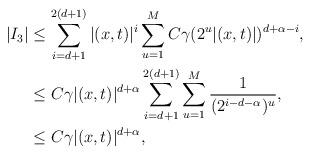
LaTeX: \begin{align*} |I_3| & \leq \sum_{i= d+1}^{2(d+1)} |(x,t)|^i \sum_{u=1}^M C \gamma (2^u |(x,t)|)^{d+\alpha -i}, \\ & \leq C \gamma |(x,t)|^{d+\alpha} \sum_{i= d+1}^{2(d+1)} \sum_{u=1}^M \frac{1}{(2^{i-d-\alpha})^u}, \\ &\leq C \gamma |(x,t)|^{d+\alpha}, \end{align*}